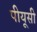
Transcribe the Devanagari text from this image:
पीयूसी